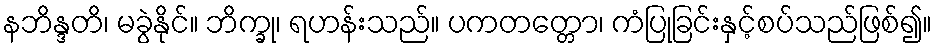
နဘိန္ဒတိ၊ မခွဲနိုင်။ ဘိက္ခု၊ ရဟန်းသည်။ ပကတတ္တော၊ ကံပြုခြင်းနှင့်စပ်သည်ဖြစ်၍။